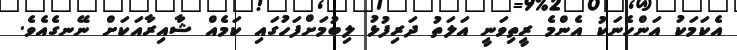
އެކަމަކު އަންހެނަކު އެންމެ ރީތިވަނީ އަލަތު ދަރިފުޅު ލިބުމަށްފަހުގައި ކަމެއް ޝާއިރާއަކަށް ނޭނގެއެވެ.